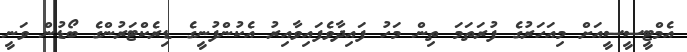
އެމްޓީސީސީއަށް މިއަހަރުގެ ފުރަތަމަ ތިން މަހު ފައިދާވެފައިވާއިރު އެކުންފުނީގެ ޑިރެކްޓަރުންގެ ބޯޑުން ވަނީ